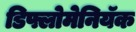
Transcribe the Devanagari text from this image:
डिफ्लोमेनियॅक